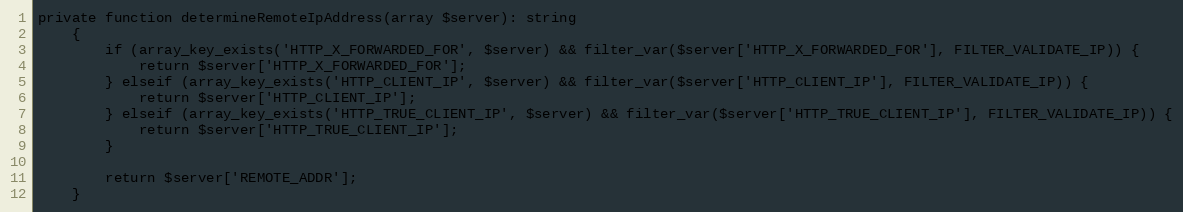
Language: PHP
private function determineRemoteIpAddress(array $server): string
    {
        if (array_key_exists('HTTP_X_FORWARDED_FOR', $server) && filter_var($server['HTTP_X_FORWARDED_FOR'], FILTER_VALIDATE_IP)) {
            return $server['HTTP_X_FORWARDED_FOR'];
        } elseif (array_key_exists('HTTP_CLIENT_IP', $server) && filter_var($server['HTTP_CLIENT_IP'], FILTER_VALIDATE_IP)) {
            return $server['HTTP_CLIENT_IP'];
        } elseif (array_key_exists('HTTP_TRUE_CLIENT_IP', $server) && filter_var($server['HTTP_TRUE_CLIENT_IP'], FILTER_VALIDATE_IP)) {
            return $server['HTTP_TRUE_CLIENT_IP'];
        }

        return $server['REMOTE_ADDR'];
    }